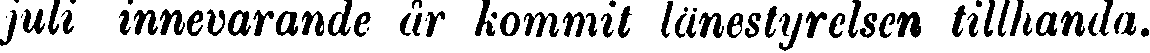
juli innevarande år kommit länestyrelsen tillhanda.